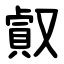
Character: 㕢